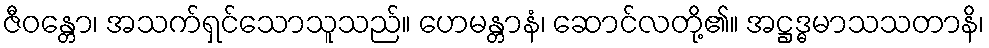
ဇီဝန္တော၊ အသက်ရှင်သောသူသည်။ ဟေမန္တာနံ၊ ဆောင်လတို့၏။ အဋ္ဌဒ္ဓမာသသတာနိ၊